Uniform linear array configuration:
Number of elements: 32
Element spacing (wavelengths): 0.5
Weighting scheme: exponential
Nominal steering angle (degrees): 60
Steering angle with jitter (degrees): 58.853
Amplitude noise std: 0.05
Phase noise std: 0.05

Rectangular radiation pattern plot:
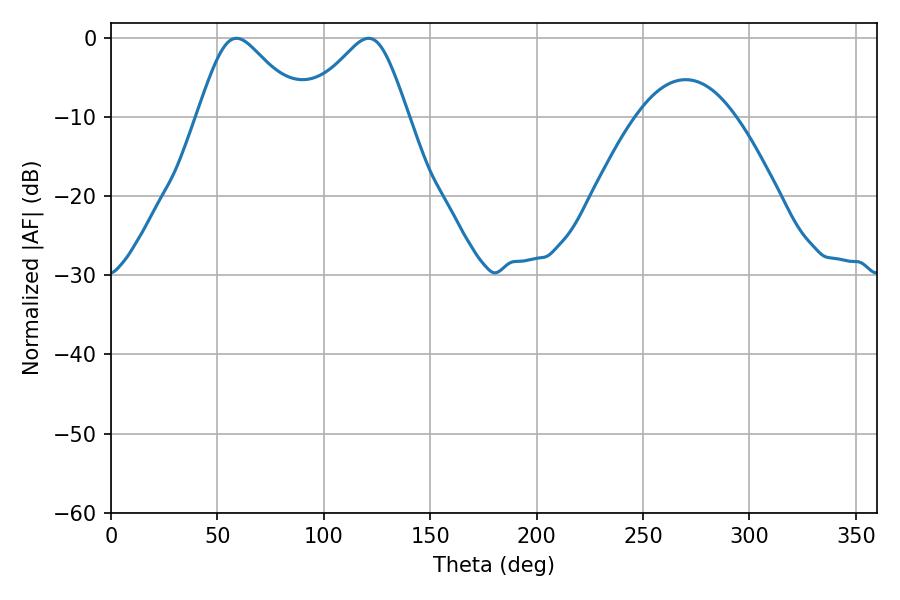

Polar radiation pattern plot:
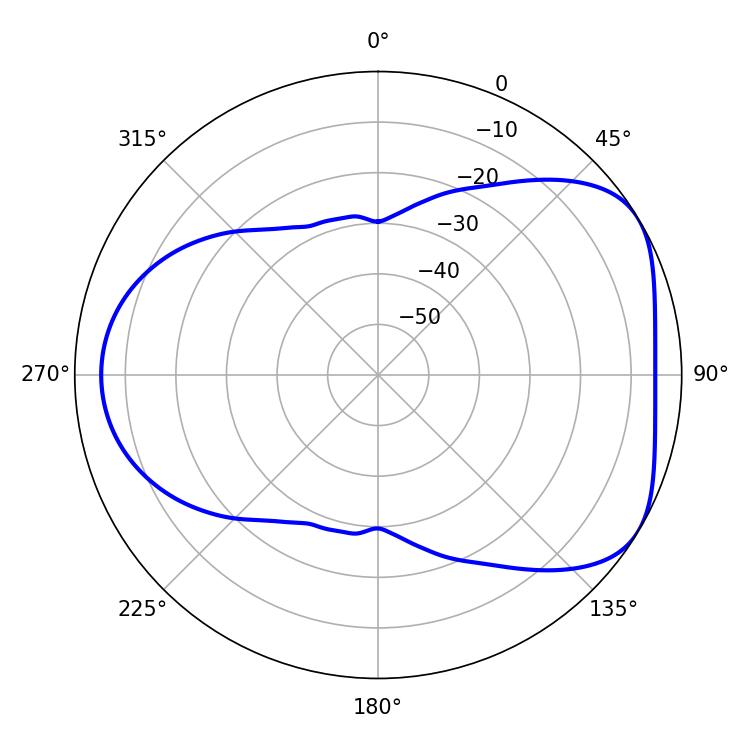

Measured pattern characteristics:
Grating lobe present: FALSE
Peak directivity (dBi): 4.883
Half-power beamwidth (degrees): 23.94
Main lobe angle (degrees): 120.96